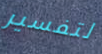
لتفسير